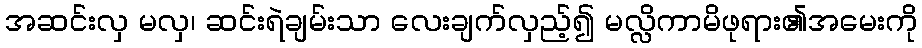
အဆင်းလှ မလှ၊ ဆင်းရဲချမ်းသာ လေးချက်လှည့်၍ မလ္လိကာမိဖုရား၏အမေးကို